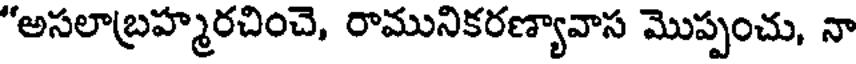
"అసలాబ్రహ్మరచించె, రామునికరణ్యావాస మొప్పంచు, నా